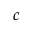
c